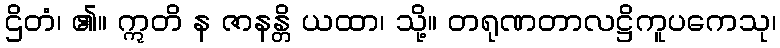
ဌိတံ၊ ၏။ ဣတိ န ဇာနန္တိ ယထာ၊ သို့။ တရုဏတာလဋ္ဌိကူပကေသု၊